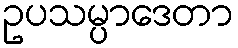
ဥပသမ္ပာဒေတာ